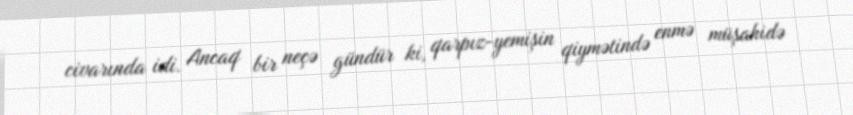
civarında idi. Ancaq bir neçə gündür ki, qarpız-yemişin qiymətində enmə müşahidə